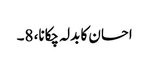
احسان کا بدلہ چکانا، 8۔